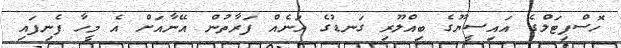
ހޮސްޕިޓަލްގެ އައިސީޔޫގެ ބިއްލޫރި ގަނޑުގެ އަނެއް ފަރާތުން އޭނާއަށް އެ މީހާ ފެނިފައި